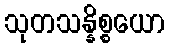
သုတသန္နိစ္စယော